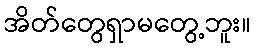
အိတ်တွေရှာမတွေ့ဘူး။